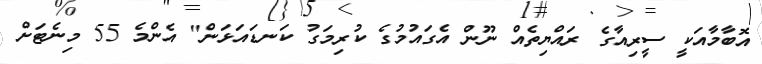
އޮބާމާއަކީ ސީރިއާގެ ރައްޔިތެއް ނޫން އެގައުމުގެ ކުރިމަގު ކަނޑައަޅަން" އެންމެ 55 މިނެޓަށް